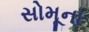
સોમૂના